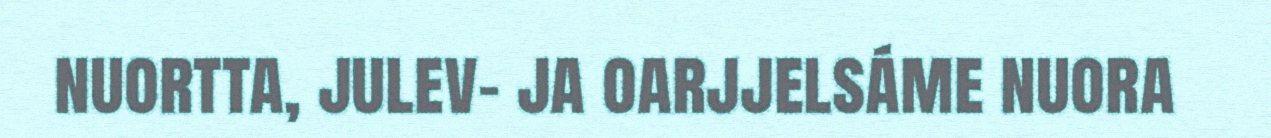
nuortta, julev- ja oarjjelsáme nuora